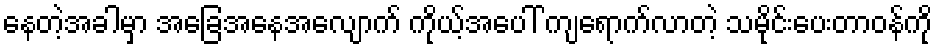
နေတဲ့အခါမှာ အခြေအနေအလျောက် ကိုယ့်အပေါ် ကျရောက်လာတဲ့ သမိုင်းပေးတာဝန်ကို